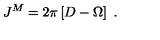
J ^ { M } = 2 \pi \left[ D - \Omega \right] \ .